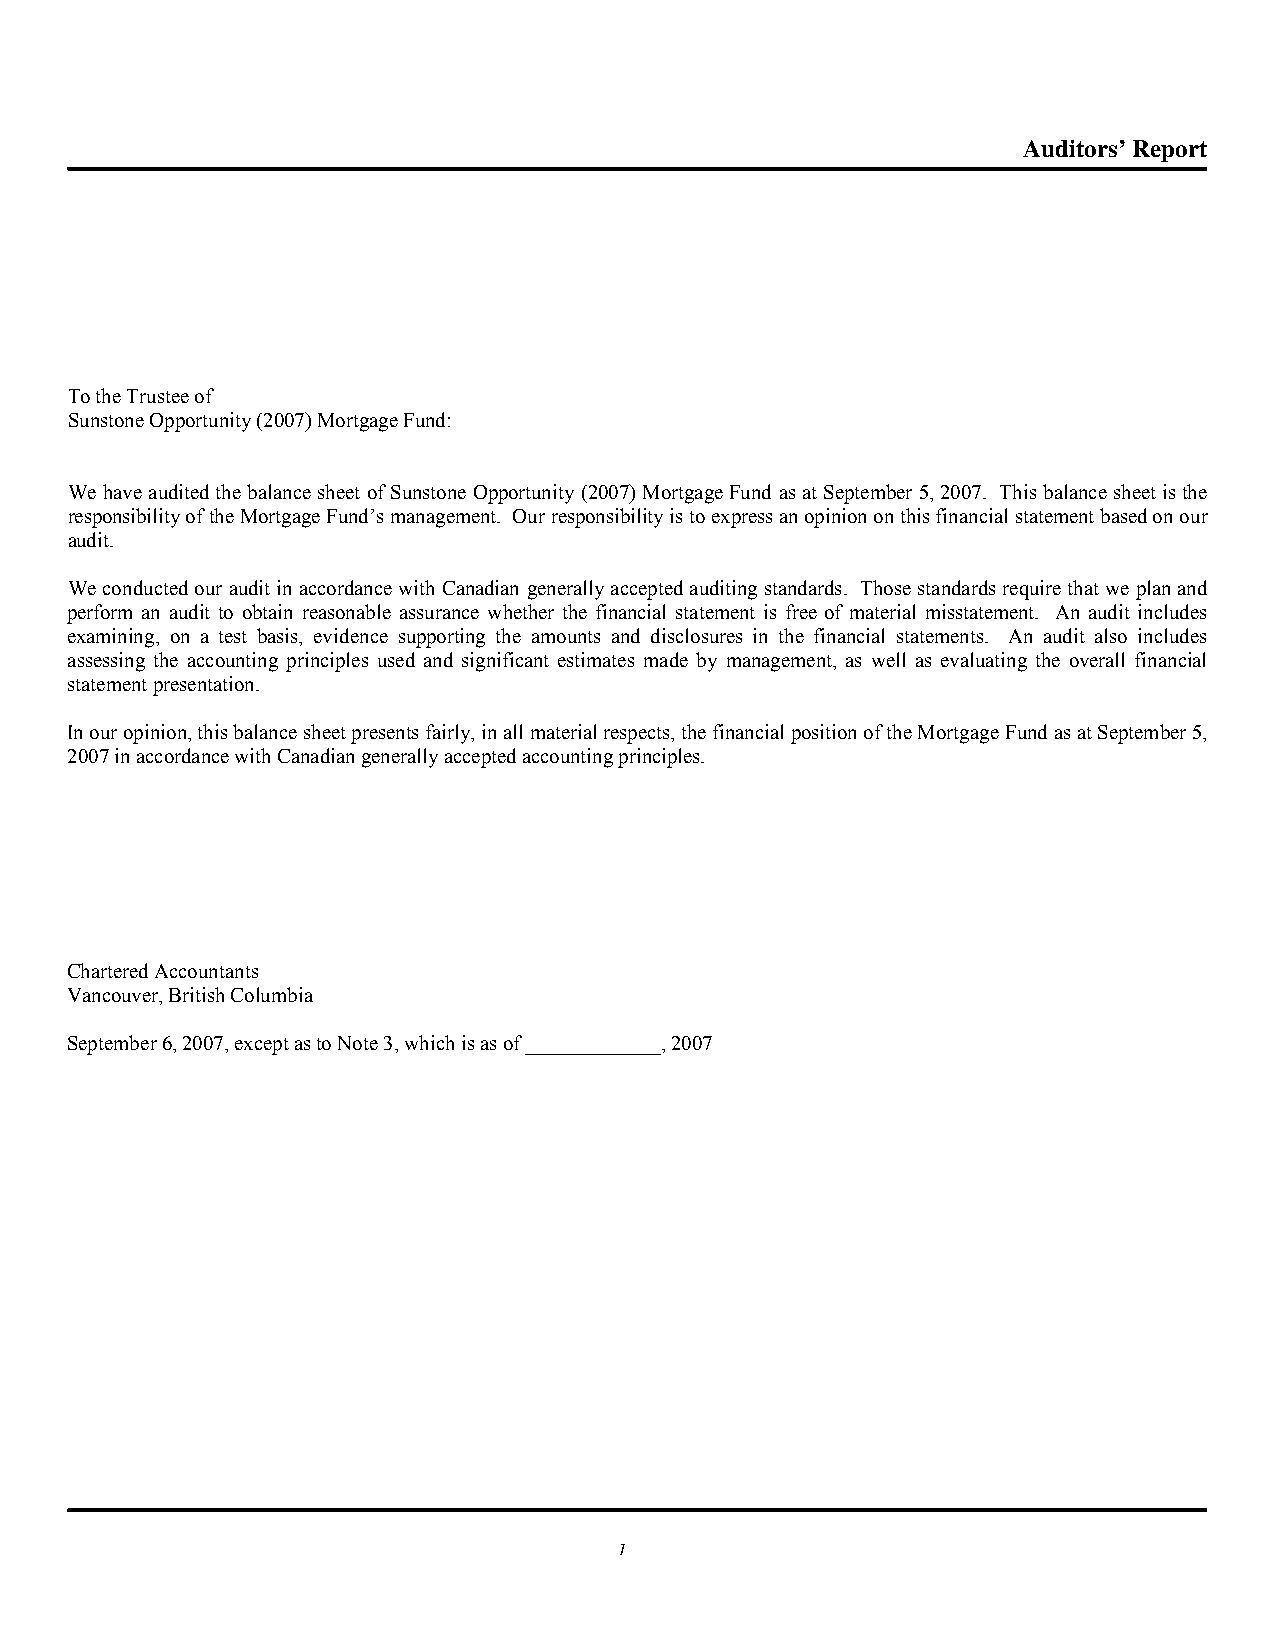
Auditors’ Report
 To the Trustee of
 Sunstone Opportunity (2007) Mortgage Fund:
 We have audited the balance sheet of Sunstone Opportunity (2007) Mortgage Fund as at September 5, 2007. This balance sheet is the
 responsibility of the Mortgage Fund’s management. Our responsibility is to express an opinion on this financial statement based on our
 audit.
 We conducted our audit in accordance with Canadian generally accepted auditing standards. Those standards require that we plan and
 perform an audit to obtain reasonable assurance whether the financial statement is free of material misstatement. An audit includes
 examining, on a test basis, evidence supporting the amounts and disclosures in the financial statements. An audit also includes
 assessing the accounting principles used and significant estimates made by management, as well as evaluating the overall financial
 statement presentation.
 In our opinion, this balance sheet presents fairly, in all material respects, the financial position of the Mortgage Fund as at September 5,
 2007 in accordance with Canadian generally accepted accounting principles.
 Chartered Accountants
 Vancouver, British Columbia
 September 6, 2007, except as to Note 3, which is as of _____________, 2007
 1